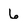
Character: 6